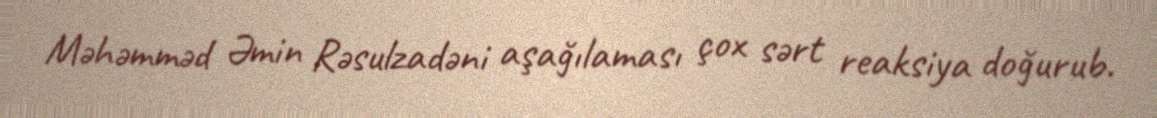
Məhəmməd Əmin Rəsulzadəni aşağılaması çox sərt reaksiya doğurub.